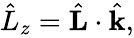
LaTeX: \begin{array}{r}{\hat{L}_{z}=\hat{\mathbf L}\cdot\hat{\mathbf k},}\end{array}